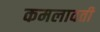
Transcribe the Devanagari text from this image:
कमलावती